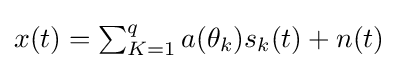
\textstyle x(t)=\sum _{K=1}^{q}a(\theta _{k})s_{k}(t)+n(t)